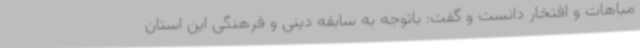
مباهات و افتخار دانست و گفت: باتوجه به سابقه دینی و فرهنگی این استان